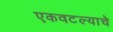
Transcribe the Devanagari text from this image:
एकवटल्याचे